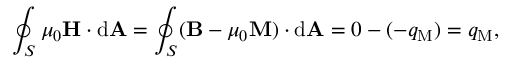
\oint _ { S } \mu _ { 0 } \mathbf { H } \cdot \mathrm { d } \mathbf { A } = \oint _ { S } ( \mathbf { B } - \mu _ { 0 } \mathbf { M } ) \cdot \mathrm { d } \mathbf { A } = 0 - ( - q _ { \mathrm { M } } ) = q _ { \mathrm { M } } ,